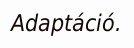
Adaptáció.